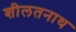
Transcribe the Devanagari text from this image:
शीलतनाथ